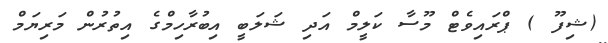
(ޝިފޫ ) ޕްރައިވެޓް މޫސާ ކަލީމް އަދި ޝަލަބީ އިބުރާހިމްގެ އިތުރުން މަރިޔަމް